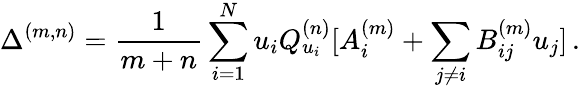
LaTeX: \Delta^{(m,n)}=\frac{1}{m+n}\sum_{i=1}^{N}u_{i}Q_{u_{i}}^{(n)}[A_{i}^{(m)}+\sum_{j\neq i}B_{ij}^{(m)}u_{j}]\, .